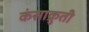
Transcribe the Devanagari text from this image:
कंसाक्रुती